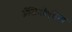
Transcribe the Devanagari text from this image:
अँजिओएडेमा